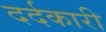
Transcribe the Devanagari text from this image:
दर्दकारी